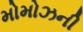
મોમોઝની